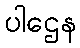
ပါဌေန